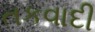
તકવાદી